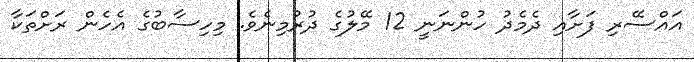
އައްސޭރި ފަށާއި ދެމެދު ހުންނަނީ 12 މޭލުގެ ދުރުމިނެވެ. މިހިސާބުގެ އެހެން ރަށްތަކާ